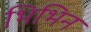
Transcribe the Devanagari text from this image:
भिभिन